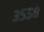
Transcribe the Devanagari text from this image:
३५५८